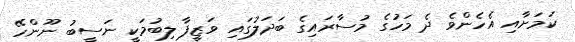
ކަމަށާއި އެހެންވެ ދެ މަހުގެ މުސާރައިގެ ބަދަލުގައި ވަޒީފާ ލިބުމަކީ ނަސީބު ނޫންހޭ